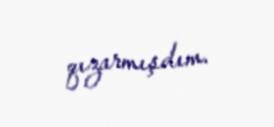
qızarmışdım.